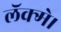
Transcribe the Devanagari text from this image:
लॅक्मे।